Indian Civil Veterinary Department memoirs
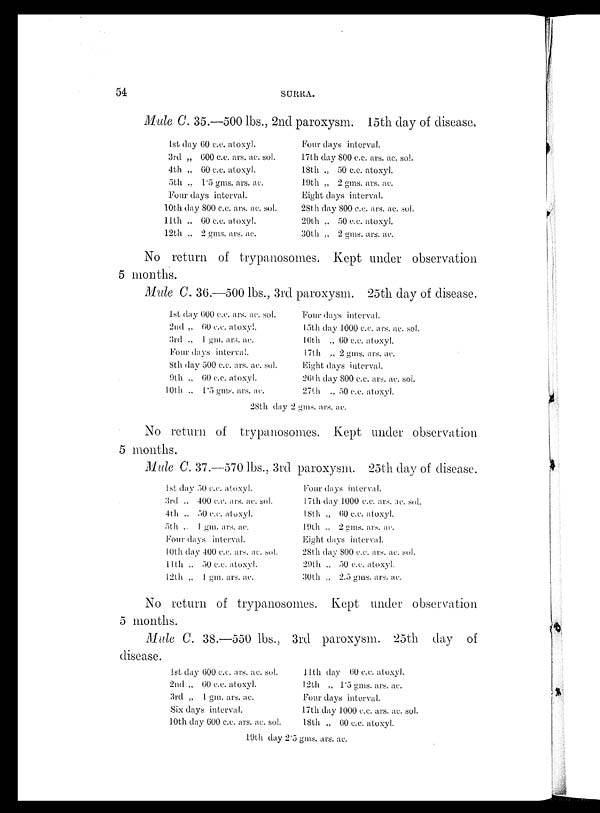
54
SURRA.
Mule C. 35.—500 lbs., 2nd paroxysm. 15th day of disease.
1st day 60 c.c. atoxyl.
3rd „ 600 c.c. ars. ac. sol.
4th „ 60 c.c. atoxyl.
5th „ 1.5 gms. ars. ac.
Four days interval.
10th day 800 c.c. ars. ac. sol.
11th „ 60 c.c. atoxyl.
12th „ 2 gms. ars. ac.
Four days interval.
17th day 800 c.c. ars. ac. sol.
18th „ 50 c.c. atoxyl.
19th „ 2 gms. ars. ac.
Eight days interval.
28th day 800 c.c. ars. ac. sol.
29th „ 50 c.c. atoxyl.
30th „ 2 gms. ars. ac.
No return of trypanosomes. Kept under observation
5 months.
Mule C. 36.—500 lbs., 3rd paroxysm. 25th day of disease.
1st day 600 c.c. ars. ac. sol.
2nd „ 60 c.c. atoxyl.
3rd „ 1 gm. ars. ac.
Four days interval.
8th day 500 c.c. ars. ac. sol.
9th „ 60 c.c. atoxyl.
10th „ 1.5 gms. ars. ac.
Four days interval.
15th day 1000 c.c. ars. ac. sol.
16th „ 60 c.c. atoxyl.
17th „ 2 gms. ars. ac.
Eight days interval.
26th day 800 c.c. ars. ac. sol.
27th „ 50 c.c. atoxyl.
28th day 2 gms. ars. ac.
No return of trypanosomes. Kept under observation
5 months.
Mule C. 37.—570 lbs., 3rd paroxysm. 25th day of disease.
1st day 50 c.c. atoxyl.
3rd „ 400 c.c. ars. ac. sol.
4th „ 50 c.c. atoxyl.
5th „ 1 gm. ars. ac.
Four days interval.
10th day 400 c.c. ars. ac. sol.
11th „ 50 c.c. atoxyl.
12th „ 1 gm. ars. ac.
Four days interval.
17th day 1000 c.c. ars. ac. sol.
18th „ 60 c.c. atoxyl.
19th „ 2 gms. ars. ac.
Eight days interval.
28th day 800 c.c. ars. ac. sol.
29th „ 50 c.c. atoxyl.
30th „ 2.5 gms. ars. ac.
No return of trypanosomes. Kept under observation
5 months.
Mule C. 38.—550 lbs., 3rd paroxysm. 25th day of
disease.
1st day 600 c.c. ars. ac. sol.
2nd „ 60 c.c. atoxyl.
3rd „ 1 gm. ars. ac.
Six days interval.
10th day 600 c.c. ars. ac. sol.
11th day 60 c.c. atoxyl.
12th „ 1.5 gms. ars. ac.
Four days interval.
17th day 1000 c.c. ars. ac. sol.
18th „ 60 c.c. atoxyl.
19th day 2.5 gms. ars. ac.